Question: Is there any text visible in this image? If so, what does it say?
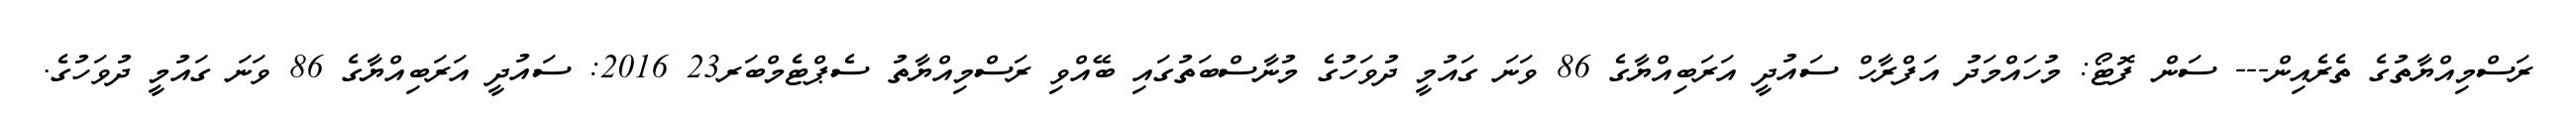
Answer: ރަސްމިއްޔާތުގެ ތެރެއިން--- ސަން ފޮޓޯ: މުހައްމަދު އަފްރާހް ސައުދީ އަރަބިއްޔާގެ 86 ވަނަ ގައުމީ ދުވަހުގެ މުނާސްބަތުގައި ބޭއްވި ރަސްމިއްޔާތު ސެޕްޓެމްބަރ23 2016: ސައުދީ އަރަބިއްޔާގެ 86 ވަނަ ގައުމީ ދުވަހުގެ.